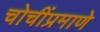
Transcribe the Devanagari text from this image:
चोचींप्रमाणे